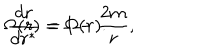
LaTeX: \Omega ( r ) = 1 - \frac { 2 m } { r } , \hspace { 2 0 m m } \frac { d r } { d r ^ { \ast } } = \Omega ( r ) .